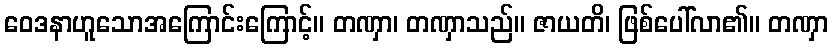
ဝေဒနာဟူသောအကြောင်းကြောင့်။ တဏှာ၊ တဏှာသည်။ ဇာယတိ၊ ဖြစ်ပေါ်လာ၏။ တဏှာ